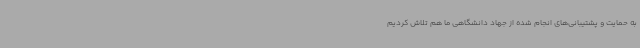
به حمایت و پشتیبانی‌های انجام شده از جهاد دانشگاهی ما هم تلاش کردیم